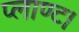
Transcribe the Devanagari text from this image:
प्लाण्ट।